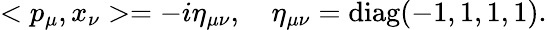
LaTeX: <p_{\mu},x_{\nu}>=-i\eta_{\mu\nu},\quad\eta_{\mu\nu}=\mathrm{diag}(-1,1,1,1).